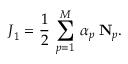
\boldsymbol { J } _ { 1 } = \frac { 1 } { 2 } \: \sum _ { p = 1 } ^ { M } \: \alpha _ { p } \: \mathbf { N } _ { p } .